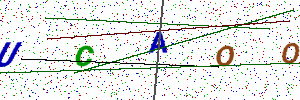
Text: UCAOO